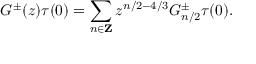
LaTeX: G ^ { \pm } ( z ) \tau ( 0 ) = \sum _ { n \in { \bf Z } } z ^ { n / 2 - 4 / 3 } G _ { n / 2 } ^ { \pm } \tau ( 0 ) .